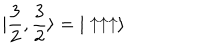
LaTeX: | \frac { 3 } { 2 } , \frac { 3 } { 2 } \rangle = | \uparrow \uparrow \uparrow \rangle